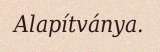
Alapítványa.